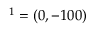
{ \v O } ^ { 1 } = ( 0 , - 1 0 0 )